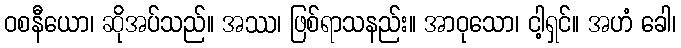
ဝစနီယော၊ ဆိုအပ်သည်။ အဿ၊ ဖြစ်ရာသနည်း။ အာဝုသော၊ ငါ့ရှင်။ အဟံ ခေါ၊